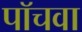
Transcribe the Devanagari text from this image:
पॉचवा